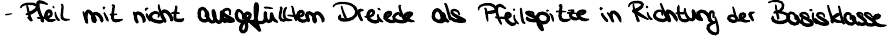
- Pfeil mit nicht ausgefülltem Dreieck als Pfeilspitze in Richtung der Basisklasse